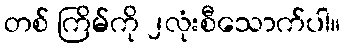
တစ် ကြိမ်ကို ၂လုံးစီသောက်ပါ။